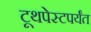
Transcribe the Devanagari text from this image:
टूथपेस्टपर्यंत